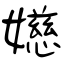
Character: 嬨